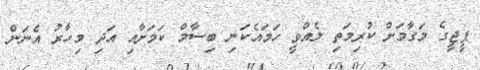
ޕީޖީގެ މަގާމަށް ކުރިމަތި ލެއްވީ ހަމައެކަނި ބިސާމް ކަމަށާއި އަދި މިހާރު އެނަން